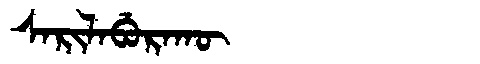
Manchu: ᠰᠠᡵᡳᠯᠠᠪᡠᡵᠠᡴᡡ
Romanization: SARILABURAKŪ